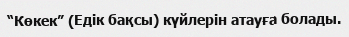
“Көкек” (Eдік бақсы) күйлерін атауға болады.